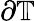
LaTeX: \partial\mathbb{T}